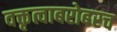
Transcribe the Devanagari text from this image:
वक्तृत्वाबरोबरच